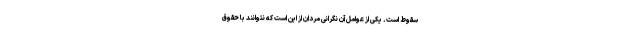
سقوط است. یکی از عوامل آن نگرانی مردان از این است که نتوانند با حقوق